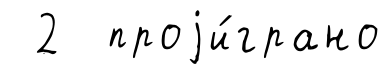
2 проjи́грано